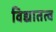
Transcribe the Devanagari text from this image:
विद्यातत्व